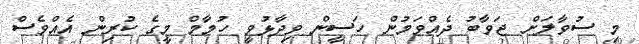
މި ސުވާލަށް ޖަވާބު ދެއްވަމުން ހަސީން ވިދާޅުވީ ހުމާމް މީގެ ކުރިން އެއްވެސް